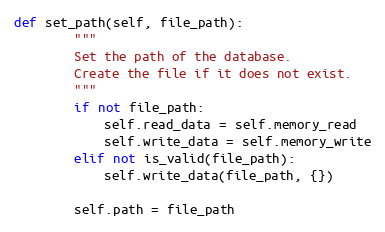
Language: Python
def set_path(self, file_path):
        """
        Set the path of the database.
        Create the file if it does not exist.
        """
        if not file_path:
            self.read_data = self.memory_read
            self.write_data = self.memory_write
        elif not is_valid(file_path):
            self.write_data(file_path, {})

        self.path = file_path